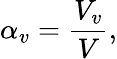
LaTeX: \alpha_{v}=\frac{V_{v}}{V},